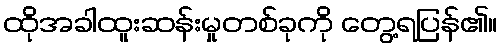
ထိုအခါထူးဆန်းမှုတစ်ခုကို တွေ့ရပြန်၏။